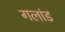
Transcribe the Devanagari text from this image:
गलांड